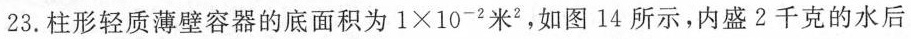
23.柱形轻质薄壁容器的底面积为 1\times10^(-2)米，如图14所示，内盛2千克的水后